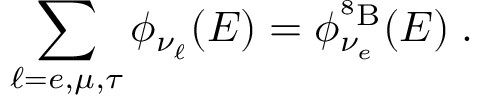
\sum _ { \ell = e , \mu , \tau } \phi _ { \nu _ { \ell } } ( E ) = \phi _ { \nu _ { e } } ^ { ^ 8 \mathrm { B } } ( E ) \; .